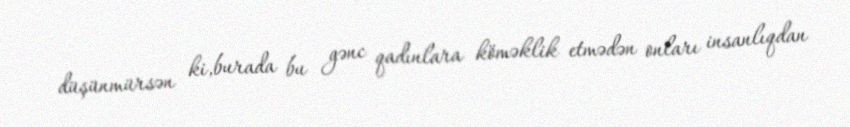
düşünmürsən ki,burada bu gənc qadınlara köməklik etmədən onları insanlıqdan